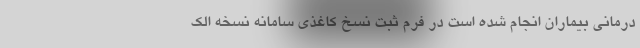
درمانی بیماران انجام شده است در فرم ثبت نسخ کاغذی سامانه نسخه الک